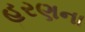
હરણના